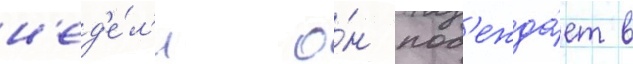
н'ед'е́л'и о́н поб'ежда́ет в